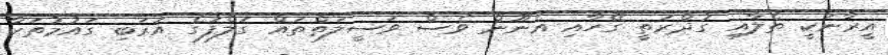
އީރާނަކީ ތެލާއި ގުދްރަތީ ގޭހާއި އެނޫން ވެސް ވަސީލަތްތައް ގަލްފުގެ އަރަބި ގައުމުތަކާ